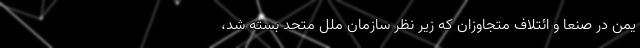
یمن در صنعا و ائتلاف متجاوزان که زیر نظر سازمان ملل متحد بسته شد،